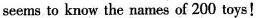
seens to know the narnes of 200 toys!